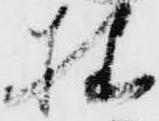
様